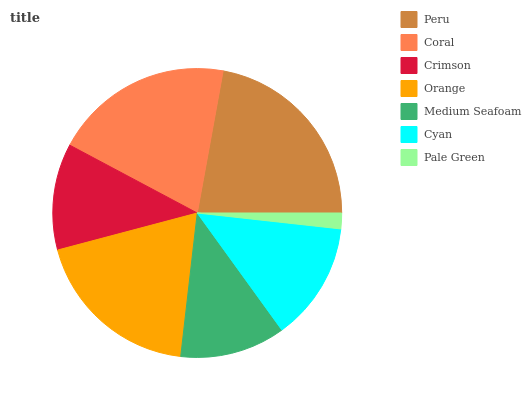
| Peru | Coral | Crimson | Orange | Medium Seafoam | Cyan | Pale Green |
 | --- | --- | --- | --- | --- | --- | --- |
 | 22.1% | 20.1% | 11.9% | 19.1% | 11.8% | 13.3% | 1.75% |